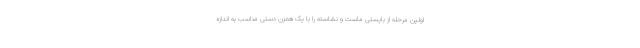
اولین مرحله از بایستی ماست و نشاسته را با یک همزن دستی مناسب به اندازه